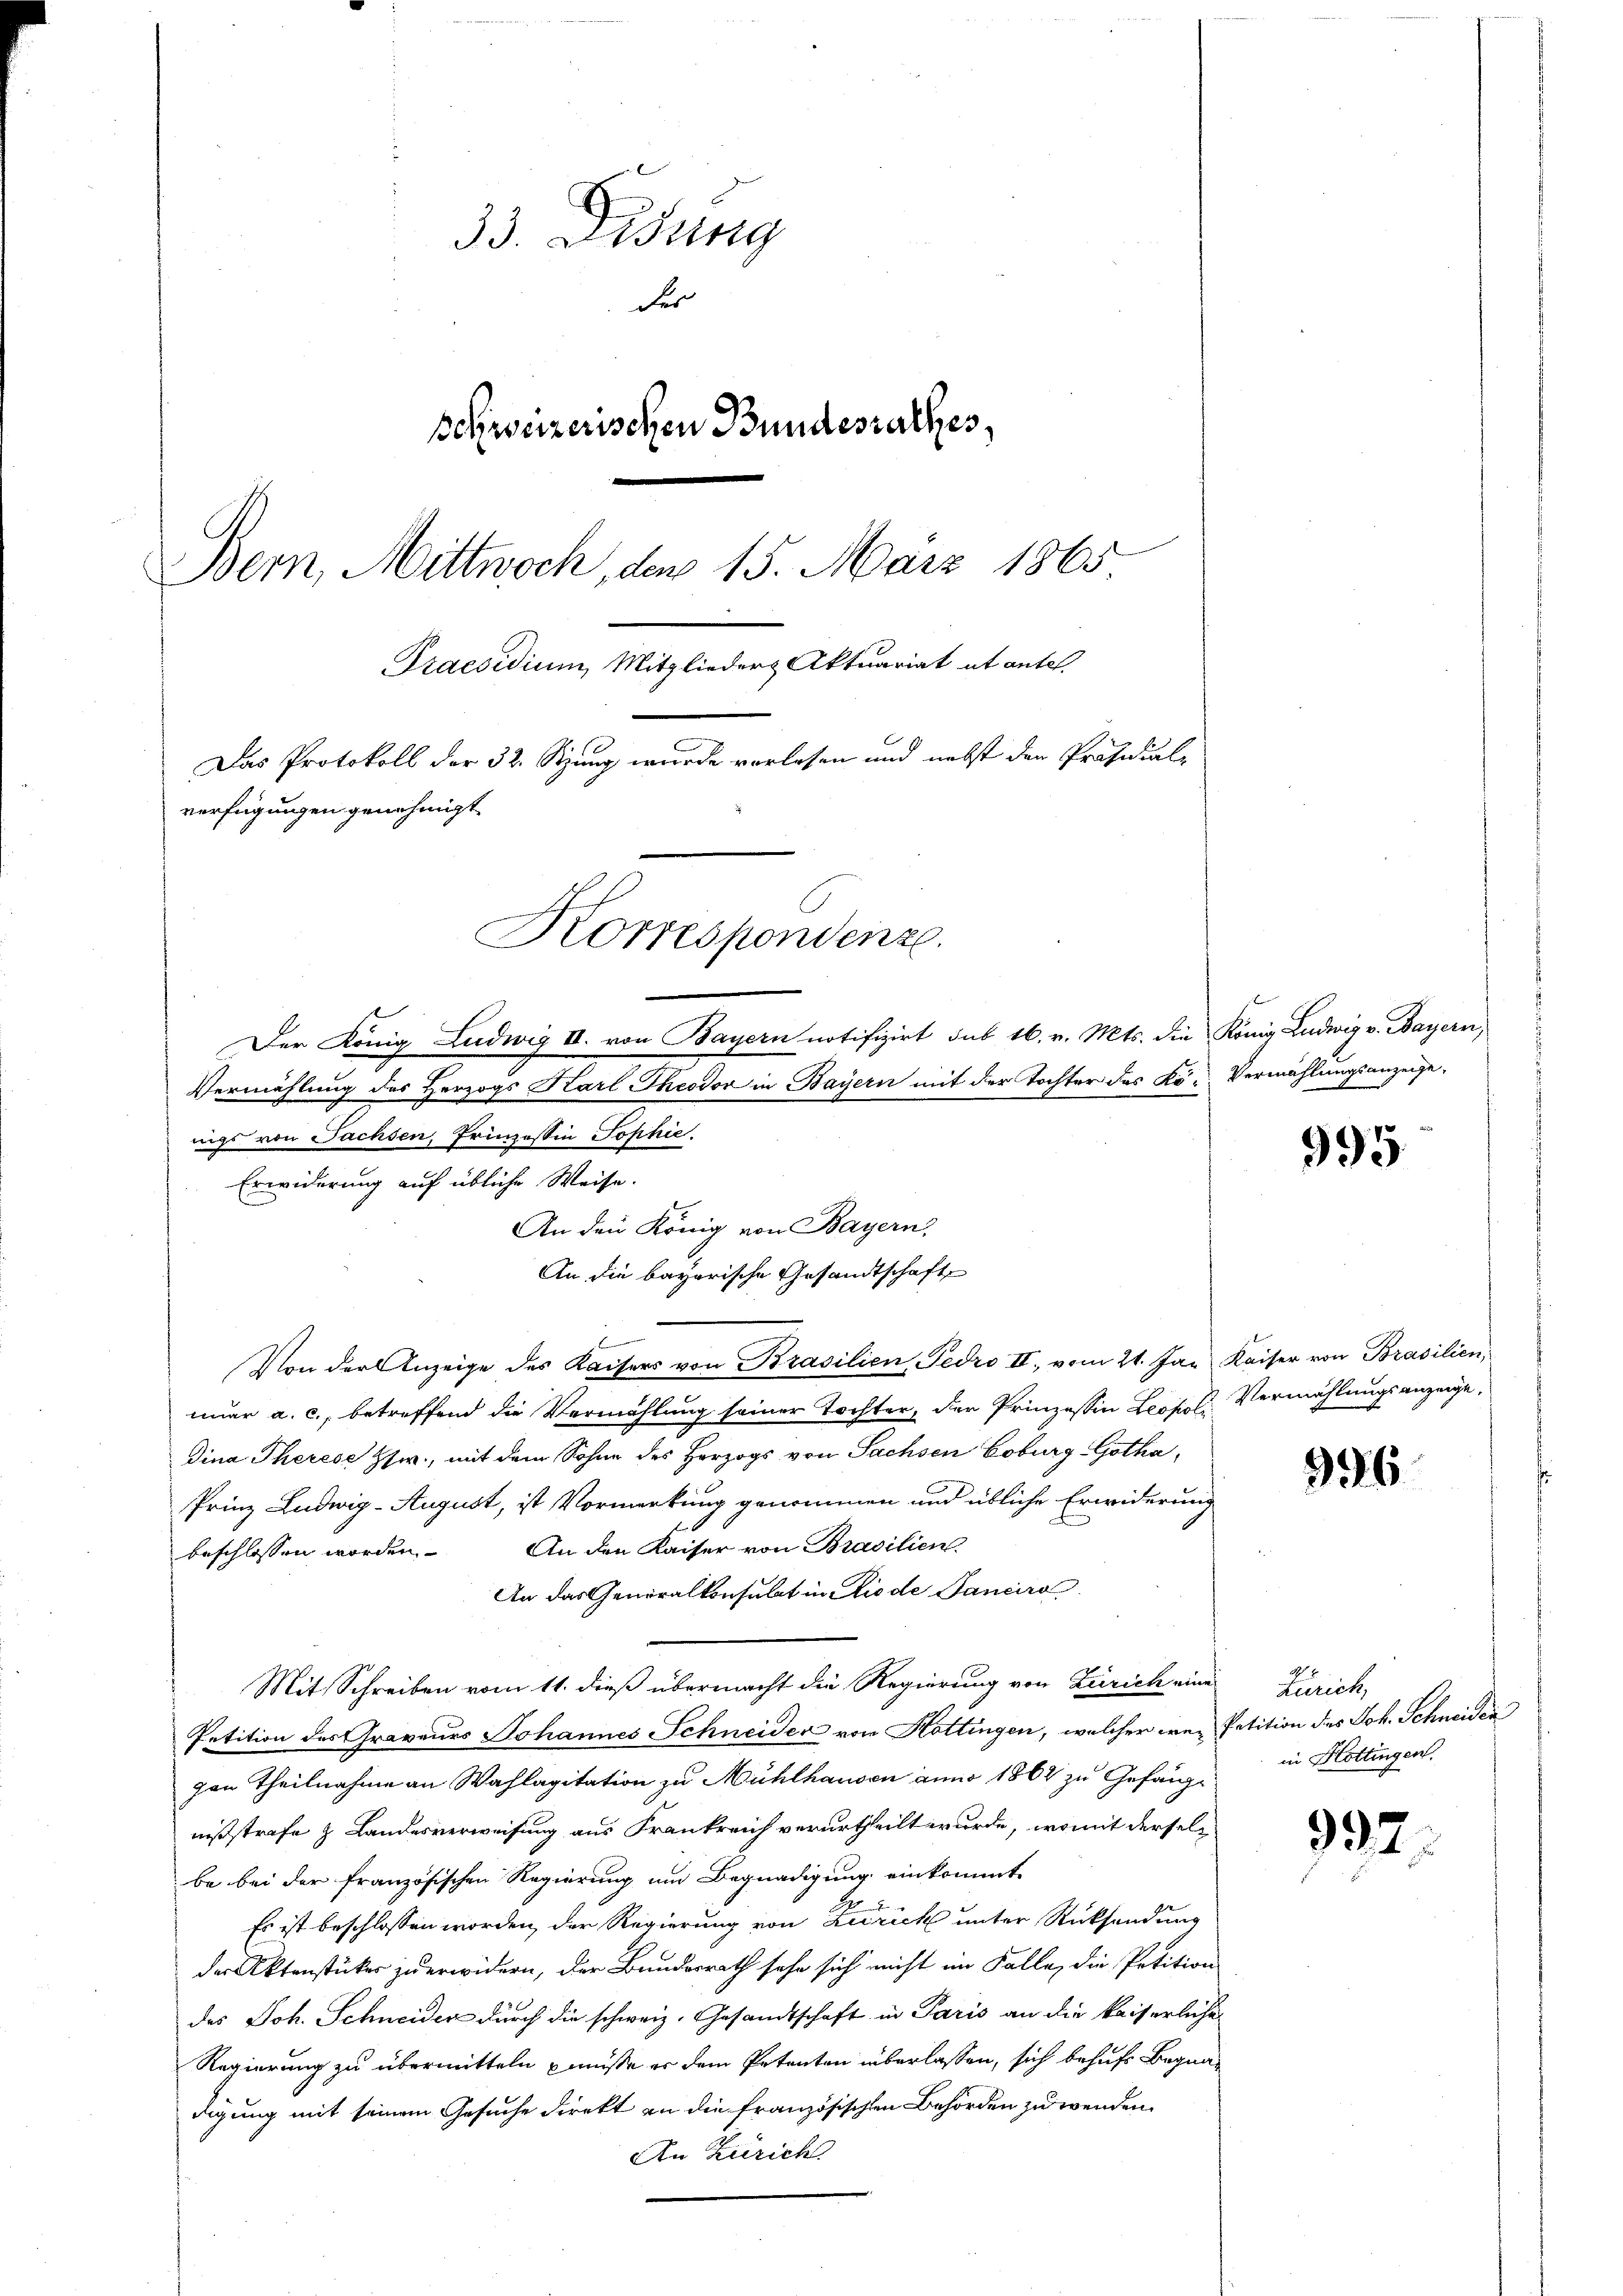
33. Disung
der
schweizerischen Bundesrathes,
Bern, Mittwoch, den 15. März 1865
Praesidium, Mitglieder Aktuariat et antel
Das Protokoll der 32. Stzung wurde vorlesen und nebst der Präsidial-
verfügungen genehmigt.
Korrespondenz.
Der König Ludwig III. von Bayern notifizirt sub 16. v. Mts. die König Ludwig v. Bayern,
Vermählung des Herzogs Karl Theodor in Bayern mit der Tochter des Kö- Vermählungsanzeige,

An den König von Bayern,
An die bayerische Gesandtschaft

igs von Sachsen, Prinzessin Sophie.
Erwiderung auf übliche Weise.
Von der Anzeige des Kaisers von Brasilien, Fedro II., vom 21. Jan. Kaiser von Brasilien,
nuar a. c., betreffend die Vermählung seiner Tochter, der Prinzessin Leopol. Vermählungsanzeige,
Dina Therese Zsw., mit dem Sohne des Herzogs von Sachsen Coburg Gotha,
Prinz Ludwig-August, ist Vormerkung genommen und übliche Erwiderung
beschlossen worden. An den Kaiser von Brasilien.
An das Generalkonsulat in Riede Sancira
Mit Schreiben vom 11. dieß übermacht die Regierung von Zürich eine Zürich,
Petition des Graveurs Johannes Schneider von Kottingen, welcher wer Petition des Joh. Schneiden
zon Theilnahme an Wahlagitation zu Mühlhausen anno 1862 zu Gefängnißstrafe & Landesverweisung aus Frankreich verurtheilt wurde, womit derselbe bei der französischen Regierung um Begnadigung einkommt
Es ist beschlossen worden, der Regierung von Zürich unter Rücksendung
der Aktenstücker zu erwidern, der Bundesrath sehe sich nicht im Falle, die Petition
des Joh. Schneider durch die schweiz. Gesandtschaft in Paris an die kaiserliche
Regierung zu übermitteln müsse er dem Petenton überlassen, sich behufs Begnadigung mit seinem Gesuche direkt an die französischen Behörden zu wenden.
An Zürich

995

996

in Hottingen.

997.